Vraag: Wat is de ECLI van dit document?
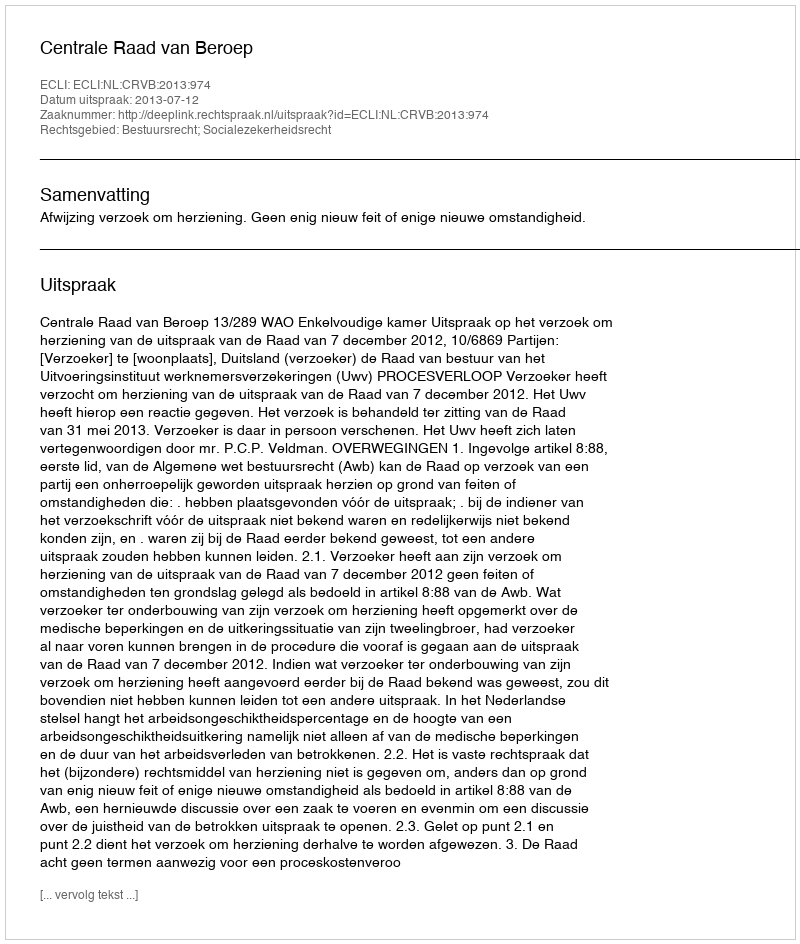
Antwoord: ECLI:NL:CRVB:2013:974